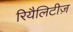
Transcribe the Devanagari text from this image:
रियैलिटीज़